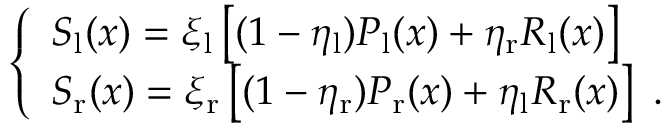
\left\{ \begin{array} { l l } { S _ { \mathrm { l } } ( x ) = \xi _ { \mathrm { l } } \left[ ( 1 - \eta _ { \mathrm { l } } ) P _ { \mathrm { l } } ( x ) + \eta _ { \mathrm { r } } R _ { \mathrm { l } } ( x ) \right] } \\ { S _ { \mathrm { r } } ( x ) = \xi _ { \mathrm { r } } \left[ ( 1 - \eta _ { \mathrm { r } } ) P _ { \mathrm { r } } ( x ) + \eta _ { \mathrm { l } } R _ { \mathrm { r } } ( x ) \right] \ . } \end{array} \right.